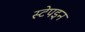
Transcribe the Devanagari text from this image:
स्टेपइन